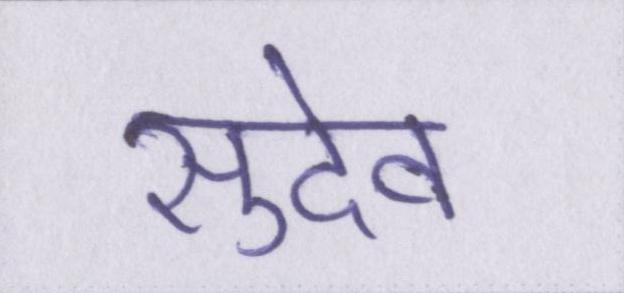
सुदेव